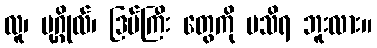
လူ၊ ပုဂ္ဂိုလ်၊ ဒြပ်ကြီး တွေကို မသိရ ဘူးလား။